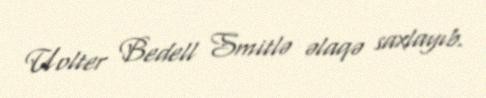
Uolter Bedell Smitlə əlaqə saxlayıb.